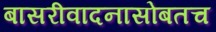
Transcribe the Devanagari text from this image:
बासरीवादनासोबतच